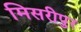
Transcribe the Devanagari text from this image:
मिसरीपुर